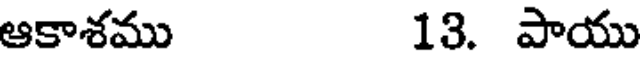
ఆకాశము 13. పాయు